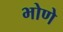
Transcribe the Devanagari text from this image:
भोणे